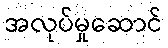
အလုပ်မှုဆောင်